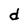
Character: d